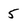
Character: 5